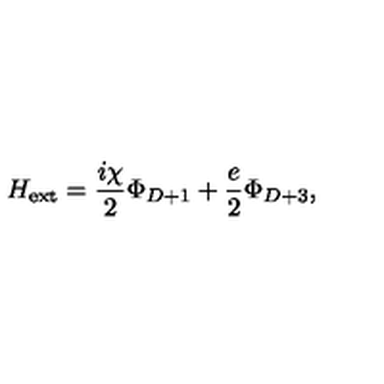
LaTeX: H _ { \mathrm { e x t } } = \frac { i \chi } { 2 } \Phi _ { D + 1 } + \frac { e } { 2 } \Phi _ { D + 3 } ,